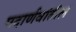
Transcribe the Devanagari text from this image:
पदार्णवांतील